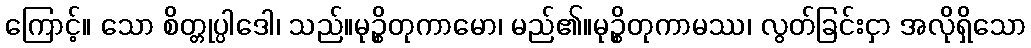
ကြောင့်။ သော စိတ္တုပ္ပါဒေါ၊ သည်။မုဉ္စိတုကာမော၊ မည်၏။မုဉ္စိတုကာမဿ၊ လွတ်ခြင်းငှာ အလိုရှိသော